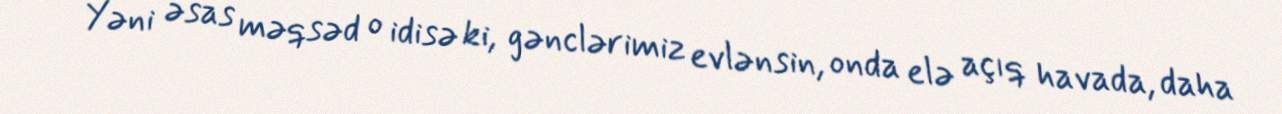
Yəni əsas məqsəd o idisə ki, gənclərimiz evlənsin, onda elə açıq havada, daha